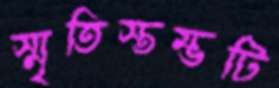
স্মৃতিস্তম্ভটি